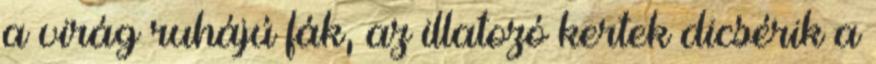
a virág ruhájú fák, az illatozó kertek dicsérik a